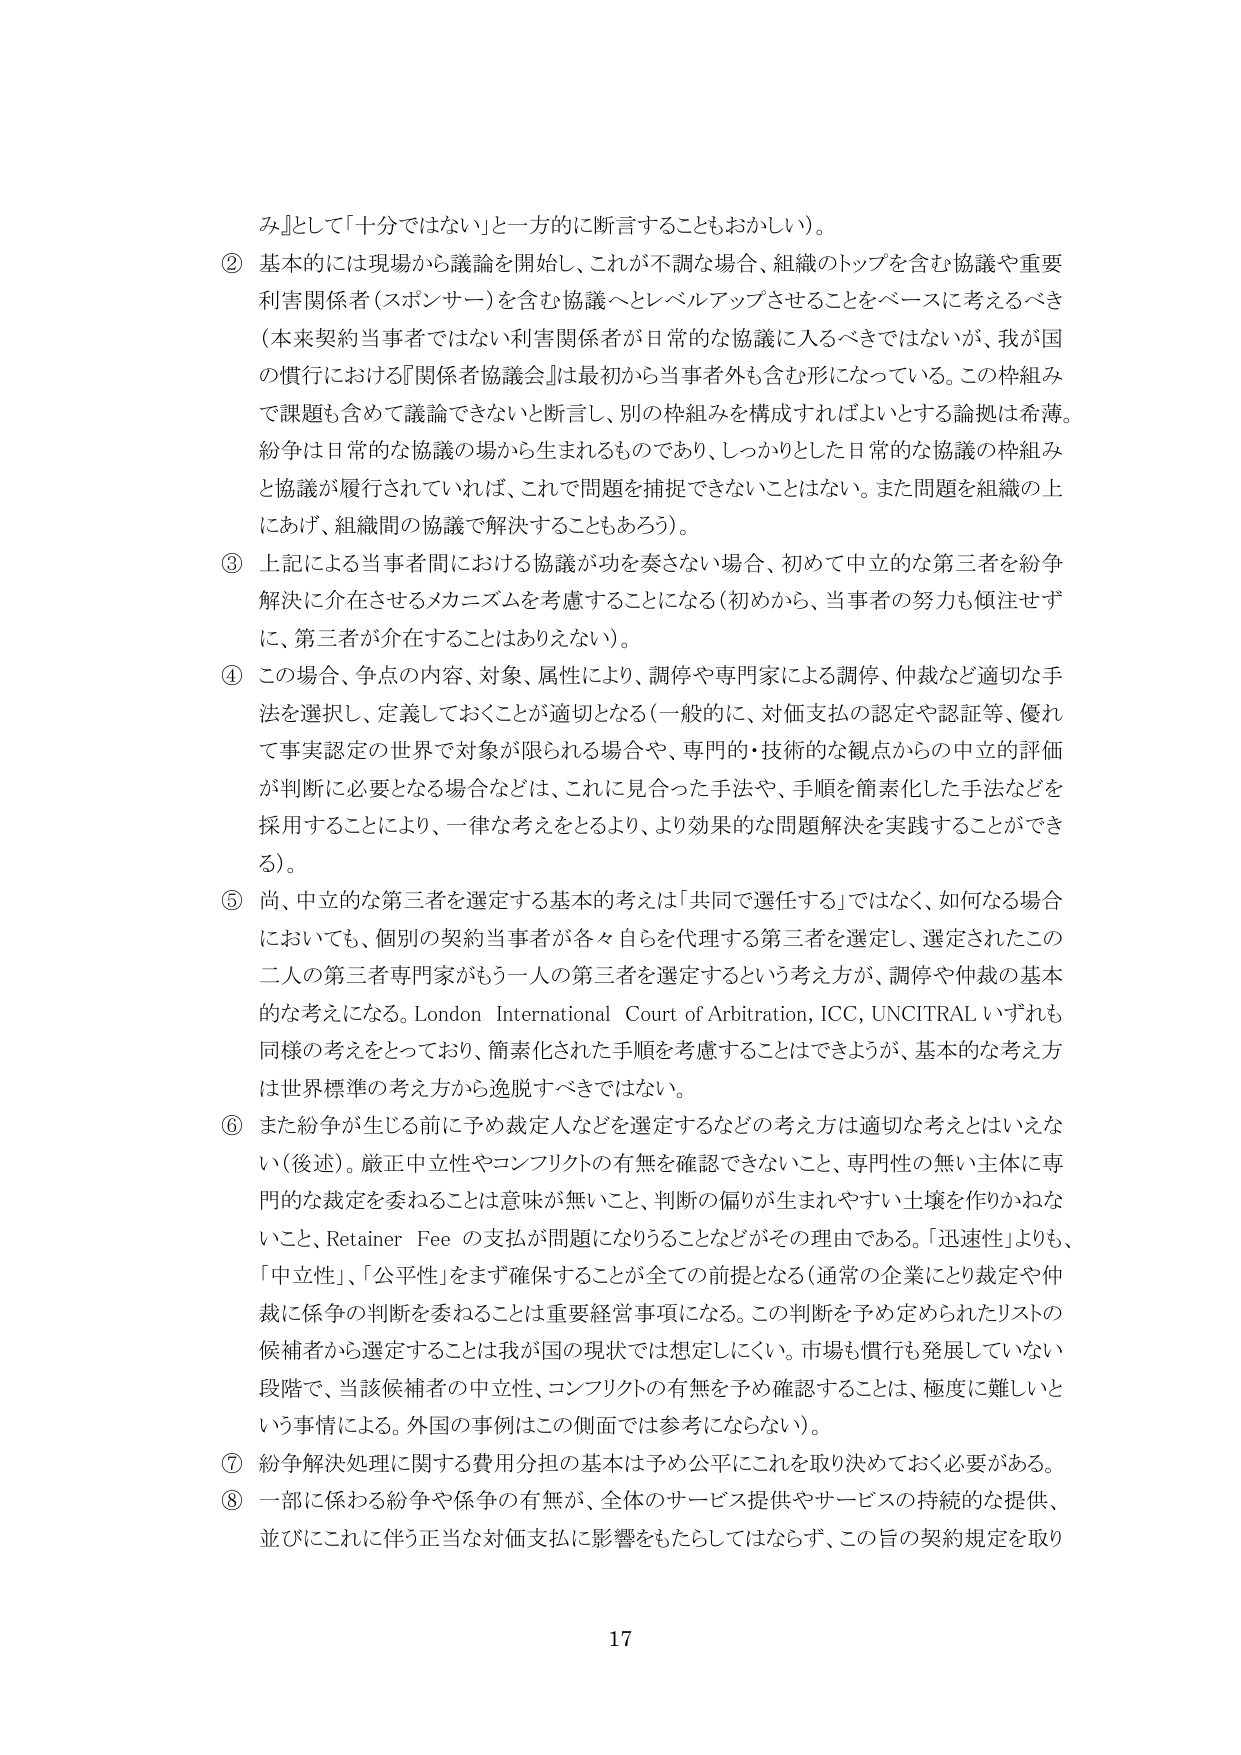
み』として「十分ではない」と一方的に断言することもおかしい）。

② 基本的には現場から議論を開始し、これが不調な場合、組織のトップを含む協議や重要利害関係者（スポンサー）を含む協議へとレベルアップさせることをベースに考えるべき（本来契約当事者ではない利害関係者が日常的な協議に入るべきではないが、我が国の慣行における『関係者協議会』は最初から当事者外も含む形になっている。この枠組みで課題も含めて議論できないと断言し、別の枠組みを構成すればよいとする論拠は希薄。紛争は日常的な協議の場から生まれるものであり、しっかりとした日常的な協議の枠組みと協議が履行されていれば、これで問題を捕捉できないことはない。また問題を組織の上にあげ、組織間の協議で解決することもあろう）。

③ 上記による当事者間における協議が功を奏さない場合、初めて中立的な第三者を紛争解決に介在させるメカニズムを考慮することになる（初めから、当事者の努力も傾注せずに、第三者が介在することはありえない）。

④ この場合、争点の内容、対象、属性により、調停や専門家による調停、仲裁など適切な手法を選択し、定義しておくことが適切となる（一般的に、対価支払の認定や認証等、優れて事実認定の世界で対象が限られる場合や、専門的・技術的な観点からの中立的評価が判断に必要となる場合などは、これに見合った手法や、手順を簡素化した手法などを採用することにより、一律な考えをとるより、より効果的な問題解決を実践することができる）。

⑤ 尚、中立的な第三者を選定する基本の考えは「共同で選任する」ではなく、如何なる場合においても、個別の契約当事者が各々自らを代理する第三者を選定し、選定されたこの二人の第三者専門家がもう一人の第三者を選定するという考え方が、調停や仲裁の基本的な考えになる。London International Court of Arbitration, ICC, UNCITRAL いずれも同様の考えをとっており、簡素化された手順を考慮することはできようが、基本的な考え方は世界標準の考え方から逸脱すべきではない。

⑥ また紛争が生じる前に予め裁定人などを選定するなどの考え方は適切な考えとはいえな い（後述）。厳正中立性やコンフリクトの有無を確認できないこと、専門性の無い主体に専門的な裁定を委ねることは意味が無いこと、判断の偏りが生まれやすい土壌を作りかねないこと、Retainer Fee の支払が問題になりうることなどがその理由である。「迅速性」よりも、「中立性」、「公平性」をまず確保することが全ての前提となる（通常の企業にとり裁定や仲裁に係争の判断を委ねることは重要経営事項になる。この判断を予め定められたリストの候補者から選定することは我が国の現状では想定しにくい。市場も慣行も発展していない段階で、当該候補者の中立性、コンフリクトの有無を予め確認することは、極度に難しいという事情による。外国の事例はこの側面では参考にならない）。

⑦ 紛争解決処理に関する費用分担の基本は予め公平にこれを取り決めておく必要がある。

⑧ 一部に係わる紛争や係争の有無が、全体のサービス提供やサービスの持続的な提供、並びにこれに伴う正当な対価支払に影響をもたらしてはならず、この旨の契約規定を取り

17